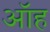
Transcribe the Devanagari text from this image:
ऑह